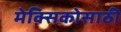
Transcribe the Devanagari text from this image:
मेक्सिकोसाठी